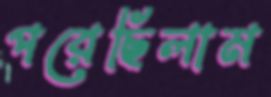
পরেছিলাম